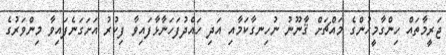
ޖަރީމާތައް ހިންގާމީހުންގެ މައްޗަށް ޤާނޫނު ނުހިނގާކަމާއި އަދި ހައްދުފަހަނާޅާފައިވާ ފިކުރު އަށަގަނެފައިވާ މިންވަރުގެ